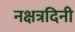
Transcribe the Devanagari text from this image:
नक्षत्रदिनी